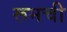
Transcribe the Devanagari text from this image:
रूमची